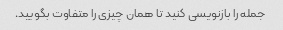
جمله را بازنویسی کنید تا همان چیزی را متفاوت بگویید.